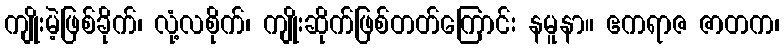
ကျိုးမဲ့ဖြစ်ခိုက်၊ လုံ့လစိုက်၊ ကျိုးဆိုက်ဖြစ်တတ်ကြောင်း နမူနာ။ ဧကရာဇ ဇာတက၊